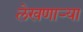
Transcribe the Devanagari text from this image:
लेखणाऱ्या